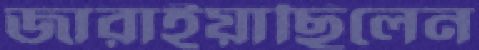
জারাইয়াছিলেন